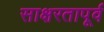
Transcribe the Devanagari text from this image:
साक्षरतापूर्व